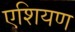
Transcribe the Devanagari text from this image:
एशियण